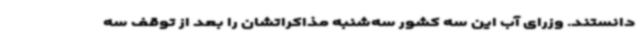
دانستند. وزرای آب این سه کشور سه‌شنبه مذاکراتشان را بعد از توقف سه